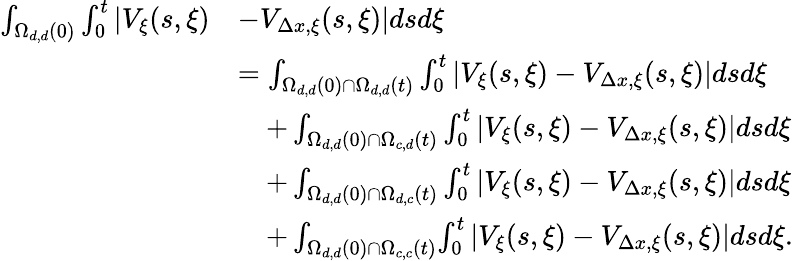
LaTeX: \begin{array}{rl}{\int_{\Omega_{d,d}(0)}\int_{0}^{t}|V_{\xi}(s,\xi)}&{-V_{\Delta x,\xi}(s,\xi)|dsd\xi}\\ &{=\int_{\Omega_{d,d}(0)\cap\Omega_{d,d}(t)}\int_{0}^{t}\left|V_{\xi}(s,\xi)-V_{\Delta x,\xi}(s,\xi)\right|dsd\xi}\\ &{\quad+\int_{\Omega_{d,d}(0)\cap\Omega_{c,d}(t)}\int_{0}^{t}\left|V_{\xi}(s,\xi)-V_{\Delta x,\xi}(s,\xi)\right|dsd\xi}\\ &{\quad+\int_{\Omega_{d,d}(0)\cap\Omega_{d,c}(t)}\int_{0}^{t}\left|V_{\xi}(s,\xi)-V_{\Delta x,\xi}(s,\xi)\right|dsd\xi}\\ &{\quad+\int_{\Omega_{d,d}(0)\cap\Omega_{c,c}(t)}\! \int_{0}^{t}\left|V_{\xi}(s,\xi)-V_{\Delta x,\xi}(s,\xi)\right|dsd\xi.}\end{array}